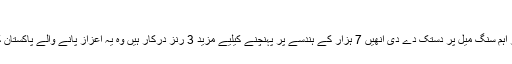
فوٹو: فائل
بولاوایو: شعیب ملک نے ایک اور اہم سنگ میل پر دستک دے دی انھیں 7 ہزار کے ہندسے پر پہنچنے کیلیے مزید 3 رنز درکار ہیں وہ یہ اعزاز پانے والے پاکستان کے آٹھویں بیٹسمین بن جائیں گے۔